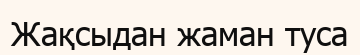
Жақсыдан жаман туса